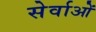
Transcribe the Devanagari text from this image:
सेर्वाओं